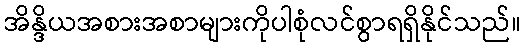
အိန္ဒိယအစားအစာများကိုပါစုံလင်စွာရရှိနိုင်သည်။